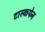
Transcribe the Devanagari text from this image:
टास्कपेन